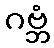
ဂဗ္ဘံ